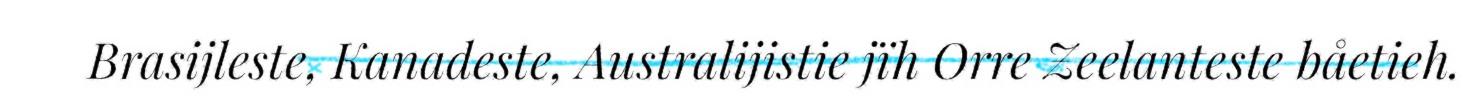
Brasijleste, Kanadeste, Australijistie jïh Orre Zeelanteste båetieh.